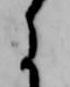
に